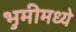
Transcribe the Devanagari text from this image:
भुमीमध्ये